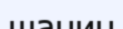
шанин